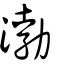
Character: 渤